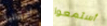
أستراليا أستمعوا